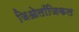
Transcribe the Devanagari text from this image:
जिओलॉजिकल